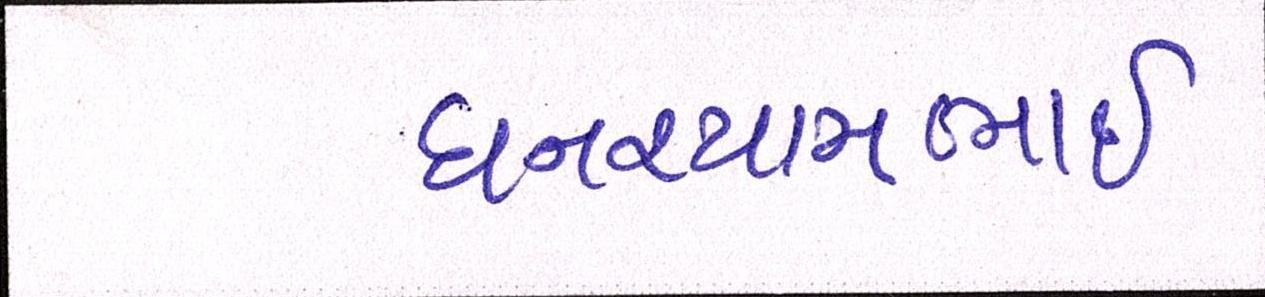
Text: ઘનશ્યામભાઈ